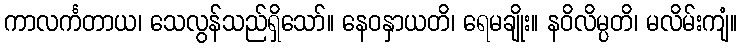
ကာလင်္ကတာယ၊ သေလွန်သည်ရှိသော်။ နေဝနှာယတိ၊ ရေမချိုး။ နဝိလိမ္ပတိ၊ မလိမ်းကျံ။